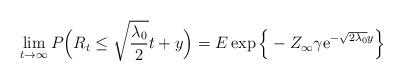
LaTeX: \begin{align*}\lim_{t \to \infty} P \Big( R_t \leq \sqrt{\frac{\lambda_0}{2}}t + y \Big) = E \exp \Big\{ - Z_{\infty} \gamma \mathrm{e}^{- \sqrt{2 \lambda_0} y} \Big\} \end{align*}